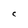
Character: C